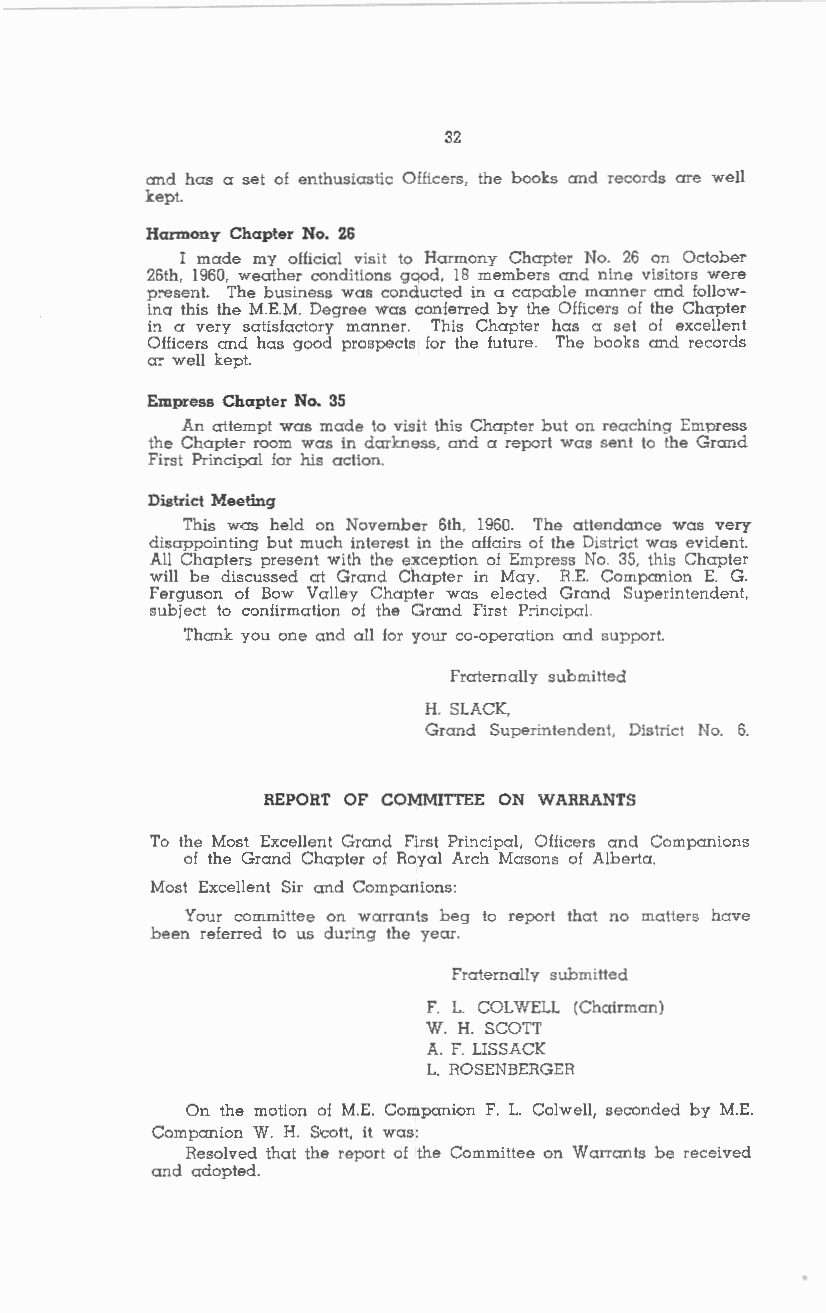
32
 and has a set of enthusiastic Officers, the books and records are well
 kept.
 Harmony Chapter No. 26
 I made my official visit to Harmony Chapter No. 26 on October
 26th, 1960, weather conditions good, 18 members and nine visitors were
 p:-esent. The business was conducted in a capable manner and follow
 inq this the M.E.M. Degree was conferred by the Officers of the Chapter
 in a very satisfactory manner. This Chapter has a set of excellent
 Officers and has good prospects for the future. The books and records
 a:- well kept.
 Empress Chapter No. 35
 An attempt was made to visit this Chapter but on reaching Empress
 the Chapter room was in darkness, and a report was sent to the Grand
 First Principal for his action.
 District Meeting
 This was held on November 6th, 1960. The attendance was very
 disappointing but much interest in the affairs of the District was evident.
 All Chapters present with the exception of Empress No. 35, this Chapter
 will be discussed at Grand Chapter in May. R.E. Companion E. G.
 Ferguson of Bow Valley Chapter was elected Grand Superintendent,
 subject to confirmation of the Grand First P:-incipal.
 Thank you one and all for your co-operation and support.
 fraternally submitted
 H. SLACK,
 Grand Superintendent, District No. 6.
 REPORT OF COMMITTEE ON WARRANTS
 To the Most Excellent Grand First Principal, Officers and Companions
 of the Grand Chapter of Royal Arch Masons of Alberta.
 Most Excellent Sir and Companions:
 Your committee on warrants beg to report that no matters have
 been referred to us du:-ing the year.
 Fraternally submitted
 F. L. COLWELL (Chairman)
 W. H. SCOTT
 A. F. LISSACK
 L. ROSENBERGER
 On the motion of M.E. Companion F. L. Colwell, seconded by M.E.
 Companion W. H. S•cott, it was:
 Resolved that the report of the Committee on Warrants be received
 and adopted.